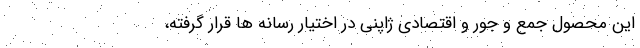
این محصول جمع و جور و اقتصادی ژاپنی در اختیار رسانه ها قرار گرفته،